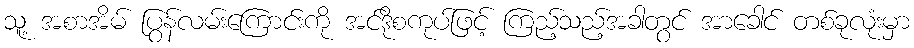
သူ့ အစာအိမ် ပြွန်လမ်းကြောင်းကို အင်ဒိုစကုပ်ဖြင့် ကြည့်သည့်အခါတွင် အာခေါင် တစ်ခုလုံးမှာ